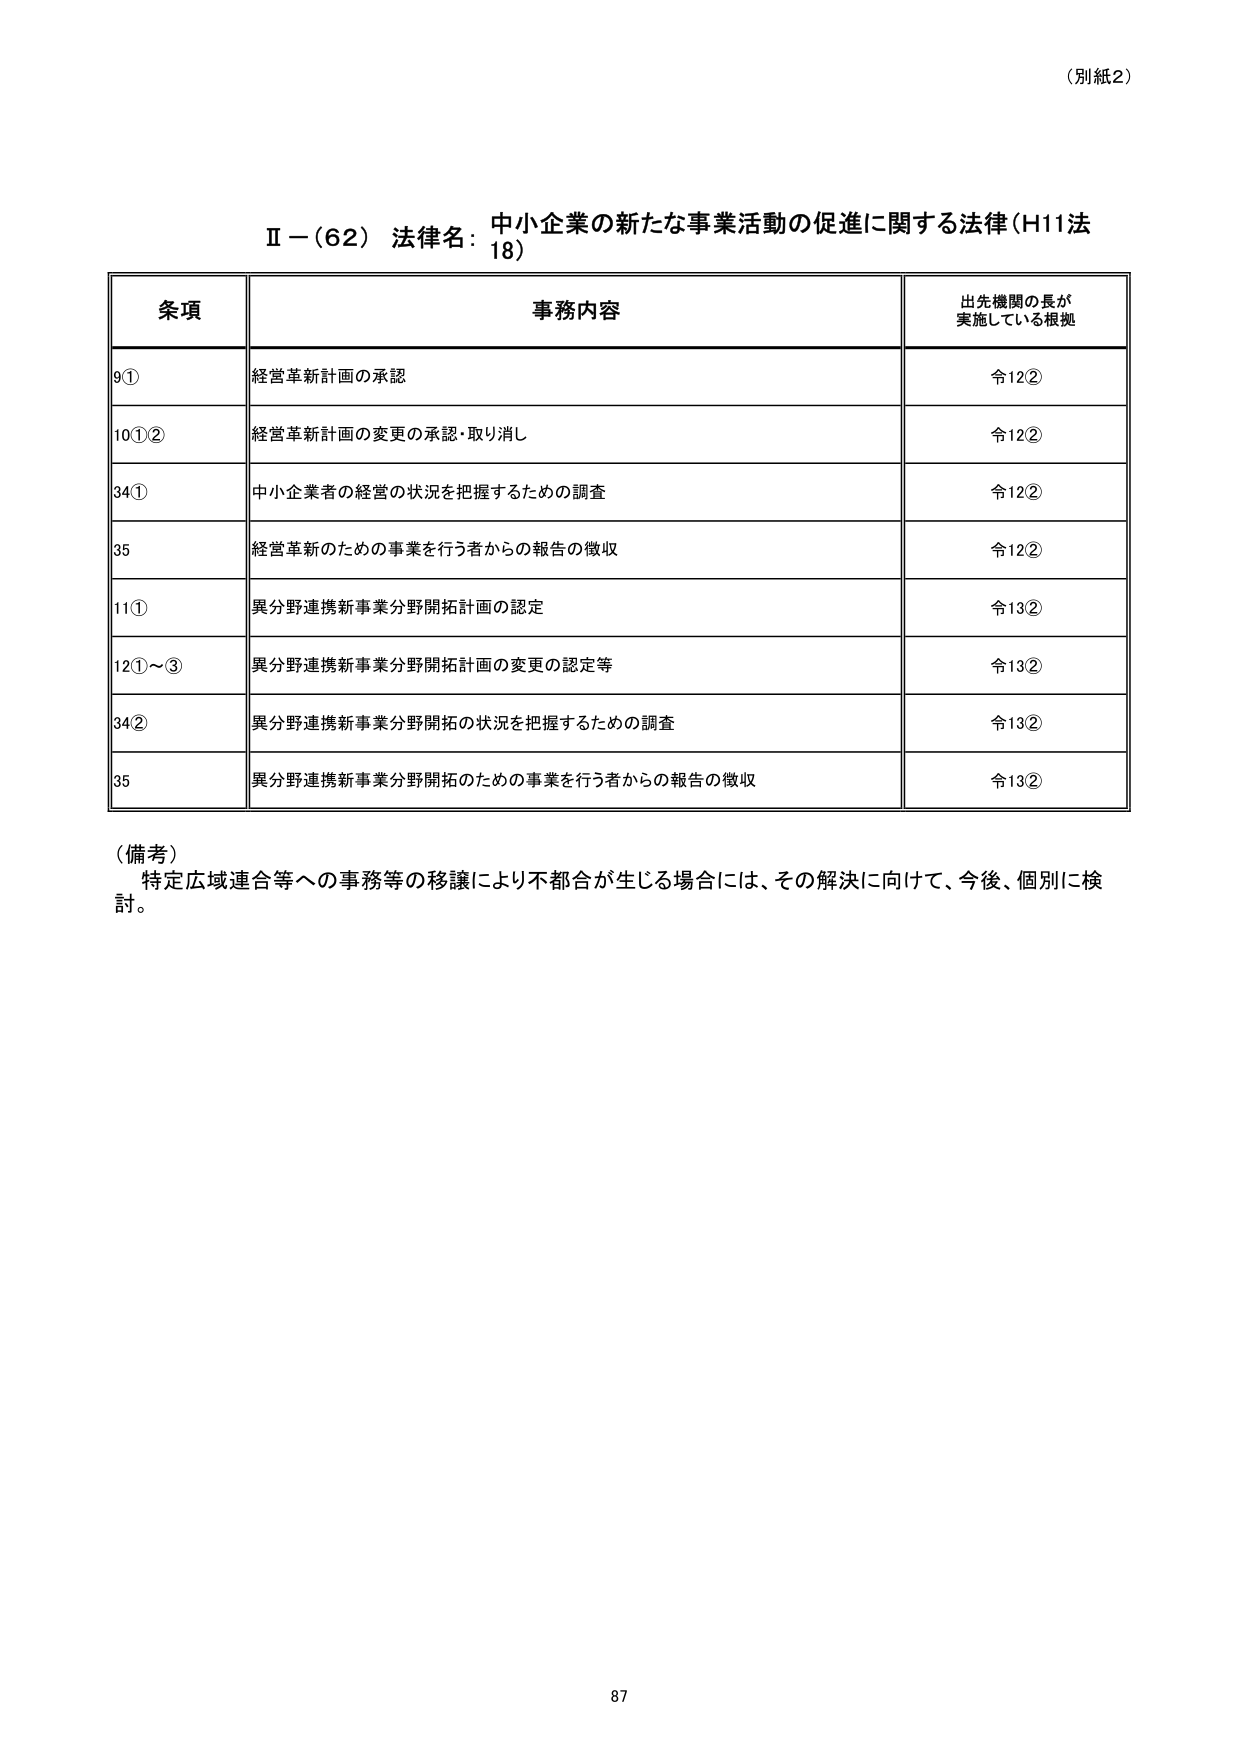
（別紙2）

Ⅱ－（62） 法律名：中小企業の新たな事業活動の促進に関する法律（H11法18）

条項 事務内容 出先機関の長が実施している根拠
9① 経営革新計画の承認 令12②
10①② 経営革新計画の変更の承認・取り消し 令12②
34① 中小企業者の経営の状況を把握するための調査 令12②
35 経営革新のための事業を行う者からの報告の徴収 令12②
11① 異分野連携新事業分野開拓計画の認定 令13②
12①～③ 異分野連携新事業分野開拓計画の変更の認定等 令13②
34② 異分野連携新事業分野開拓の状況を把握するための調査 令13②
35 異分野連携新事業分野開拓のための事業を行う者からの報告の徴収 令13②

（備考）
特定広域連合等への事務等の移譲により不都合が生じる場合には、その解決に向けて、今後、個別に検討。

87